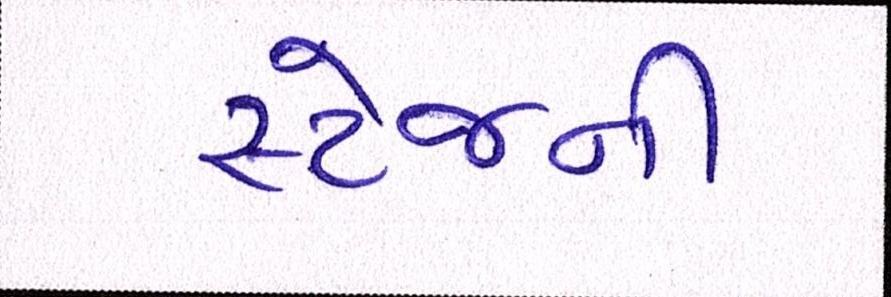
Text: સ્ટેજની